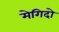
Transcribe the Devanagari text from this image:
मेगिदो